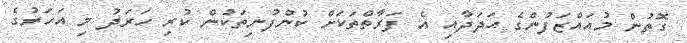
ގޮތުން މުއައްޒަފުންގެ އަދަދާއި އެ ފަރާތްތަކަށް ކުންފުނިތަކުން ކުރި ހަރަދު މި އަހަރުގެ